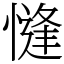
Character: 㦀